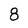
Character: 8